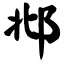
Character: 邶